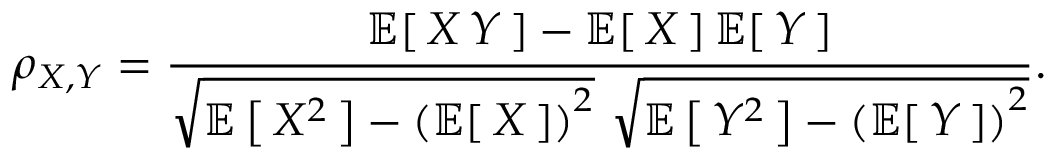
\rho _ { X , Y } = { \frac { \operatorname { \mathbb { E } } [ \, X \, Y \, ] - \operatorname { \mathbb { E } } [ \, X \, ] \operatorname { \mathbb { E } } [ \, Y \, ] } { { \sqrt { \operatorname { \mathbb { E } } \left[ \, X ^ { 2 } \, \right] - \left( \operatorname { \mathbb { E } } [ \, X \, ] \right) ^ { 2 } } } ~ { \sqrt { \operatorname { \mathbb { E } } \left[ \, Y ^ { 2 } \, \right] - \left( \operatorname { \mathbb { E } } [ \, Y \, ] \right) ^ { 2 } } } } } .